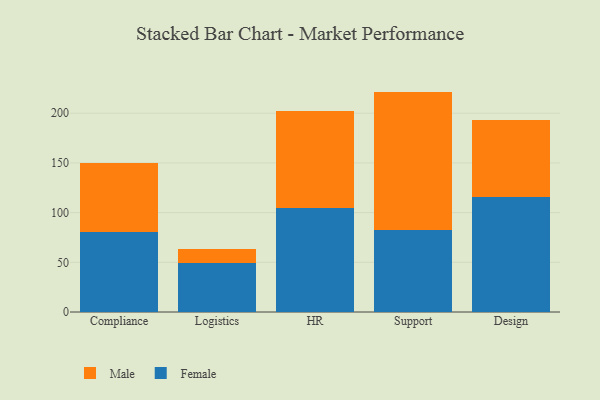
{"axis": {"x": "Department", "y": "LTV (USD)"}, "legend": ["Female", "Male"], "data": [{"x": "Compliance", "y": 80.8, "type": "Female"}, {"x": "Compliance", "y": 69.0, "type": "Male"}, {"x": "Logistics", "y": 49.2, "type": "Female"}, {"x": "Logistics", "y": 14.6, "type": "Male"}, {"x": "HR", "y": 104.5, "type": "Female"}, {"x": "HR", "y": 98.0, "type": "Male"}, {"x": "Support", "y": 82.4, "type": "Female"}, {"x": "Support", "y": 139.4, "type": "Male"}, {"x": "Design", "y": 115.7, "type": "Female"}, {"x": "Design", "y": 77.5, "type": "Male"}]}